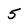
Character: 5